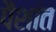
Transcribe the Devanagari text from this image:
पैशांत